Plague in India, 1896, 1897 - Volume 2
Year: 1896
Disease focus: Plague
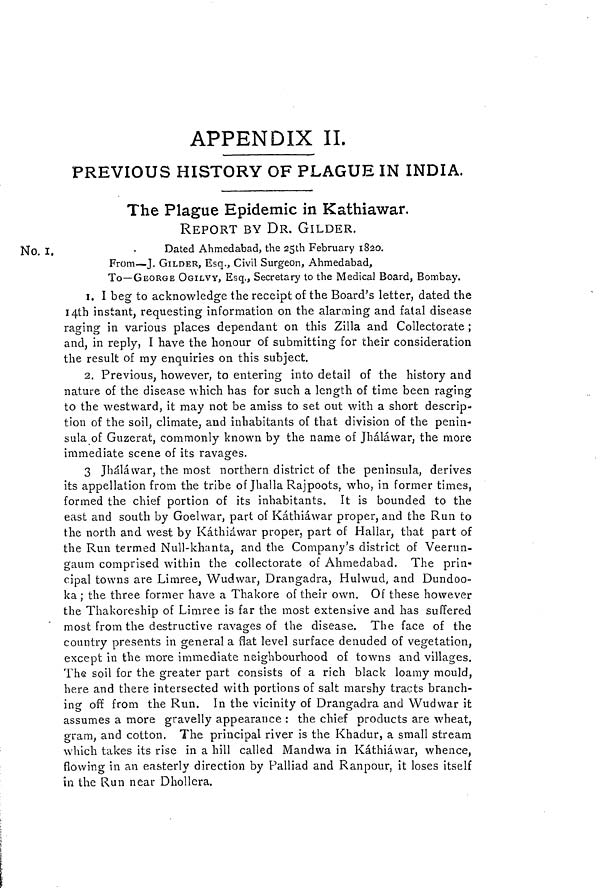
APPENDIX II.
PREVIOUS HISTORY OF PLAGUE IN INDIA.
The Plague Epidemic in Kathiawar.
REPORT BY DR. GILDER.
No. 1.
Dated Ahmedabad, the 25th February 1820.
From—J. GILDER, Esq., Civil Surgeon, Ahmedabad,
To—GEORGE OGILVY, Esq., Secretary to the Medical Board, Bombay.
1. I beg to acknowledge the receipt of the Board s letter, dated the
14th instant, requesting information on the alarming and fatal disease
raging in various places dependant on this Zilla and Collectorate ;
and, in reply, I have the honour of submitting for their consideration
the result of my enquiries on this subject.
2. Previous, however, to entering into detail of the history and
nature of the disease which has for such a length of time been raging
to the westward, it may not be amiss to set out with a short descrip-
tion of the soil, climate, and inhabitants of that division of the penin-
sula of Guzerat, commonly known by the name of Jháláwar, the more
immediate scene of its ravages.
3 Jháláwar, the most northern district of the peninsula, derives
its appellation from the tribe of Jhalla Rajpoots, who, in former times,
formed the chief portion of its inhabitants. It is bounded to the
east and south by Goelwar, part of Kathiawar proper, and the Run to
the north and west by Kathiawar proper, part of Hallar, that part of
the Run termed Null-khcmta, and the Company's district of Veerun-
gaum comprised within the collectorate of Ahmedabad. The prin-
cipal towns are Limree, Wudwar, Drangadra, Hulwud, and Dundoo-
ka ; the three former have a Thakore of their own. Of these however
the Thakoreship of Limree is far the most extensive and has suffered
most from the destructive ravages of the disease. The face of the
country presents in general a flat level surface denuded of vegetation,
except in the more immediate neighbourhood of towns and villages.
The soil for the greater part consists of a rich black loamy mould,
here and there intersected with portions of salt marshy tracts branch-
ing off from the Run. In the vicinity of Drangadra and Wudwar it
assumes a more gravelly appearance : the chief products are wheat,
gram, and cotton. The principal river is the Khadur, a small stream
which takes its rise in a hill called Mandwa in Káthiáwar, whence,
flowing in an easterly direction by Palliad and Ranpour, it loses itself
m the Run near Dhollera.